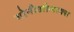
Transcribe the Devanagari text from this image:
गोनीऔलाक्स